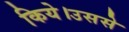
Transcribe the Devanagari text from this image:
किये।उससे